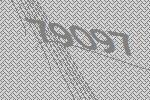
79097